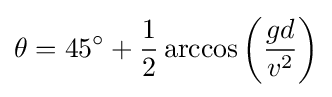
\theta =45^{\circ }+{\frac {1}{2}}\arccos \left({\frac {gd}{v^{2}}}\right)